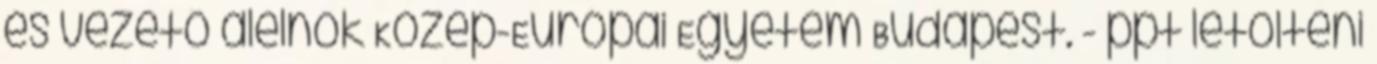
és vezető alelnök Közép-Európai Egyetem Budapest. - ppt letölteni